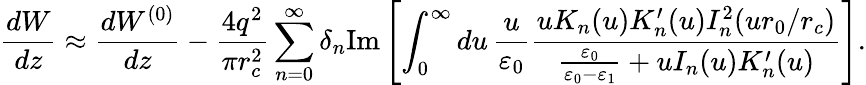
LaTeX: \frac{dW}{dz}\approx\frac{dW^{(0)}}{dz}-\frac{4q^{2}}{\pi r_{c}^{2}}\sum_{n=0}^{\infty}\delta_{n}\mathrm{Im}\left[\int_{0}^{\infty}du\, \frac{u}{\varepsilon_{0}}\frac{uK_{n}(u)K_{n}^{\prime}(u)I_{n}^{2}(ur_{0}/r_{c})}{\frac{\varepsilon_{0}}{\varepsilon_{0}-\varepsilon_{1}}+uI_{n}(u)K_{n}^{\prime}(u)}\right].